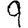
Digit: 9